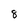
Character: 8